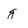
Character: g